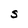
Character: S